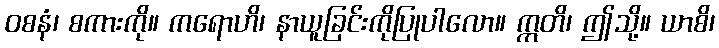
ဝစနံ၊ စကားကို။ ကရောဟိ၊ နာယူခြင်းကိုပြုပါလော။ ဣတိ၊ ဤသို့။ ယာစိ၊